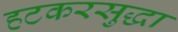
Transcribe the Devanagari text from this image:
हटकरसुद्धा